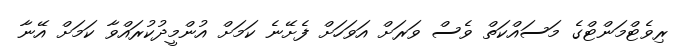
ރިވެޓްމަންޓްގެ މަސައްކަތް ވެސް ވަރަށް އަވަހަށް ފެށޭނެ ކަމަށް އުންމީދުކުރައްވާ ކަމަށް އޭނާ